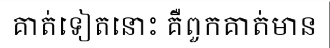
គាត់ទៀតនោះ គឺពួកគាត់មាន